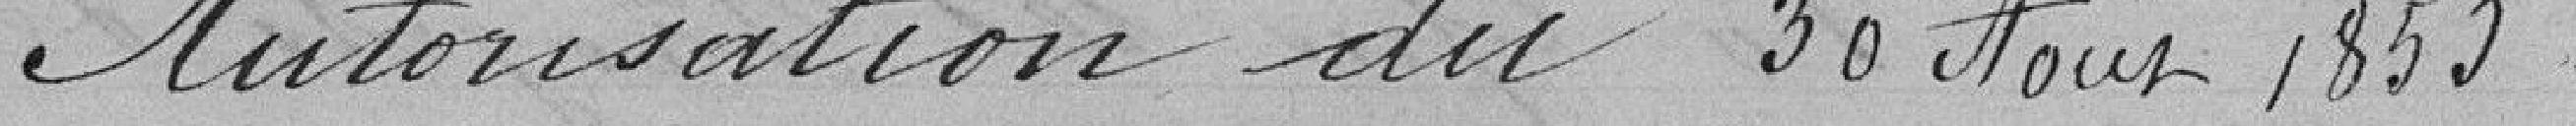
Autorisation du 30 août 1855